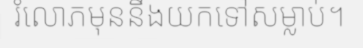
រំលោភមុននឹងយកទៅសម្លាប់។